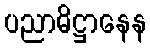
ပညာဓိဋ္ဌာနေန